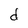
Character: d